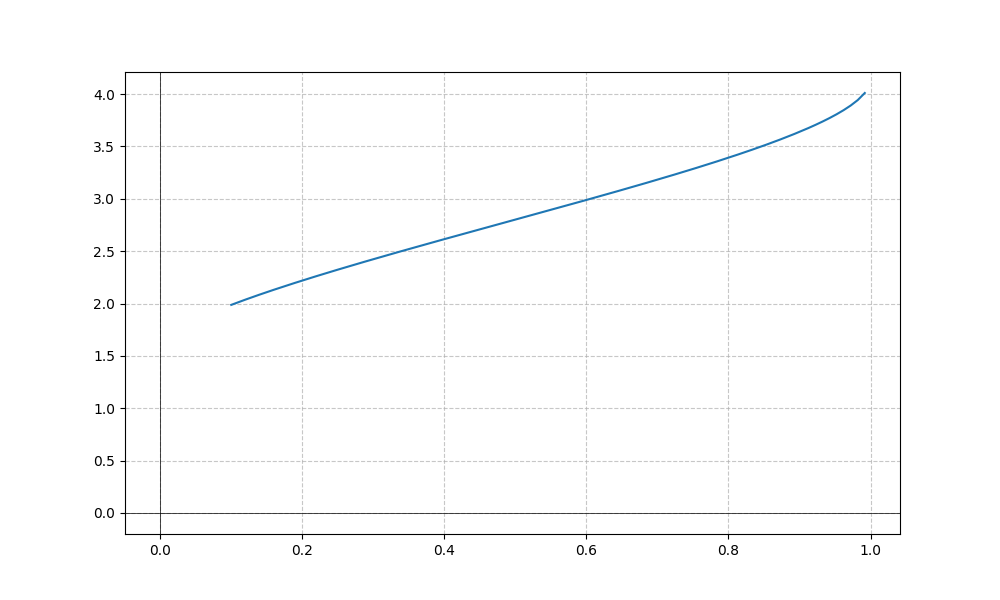
LaTeX formula: \sqrt{x} + \operatorname{acos}{\left(- x \right)}